Medical and sanitary report on the native army of Bombay for the year
Year: 1878
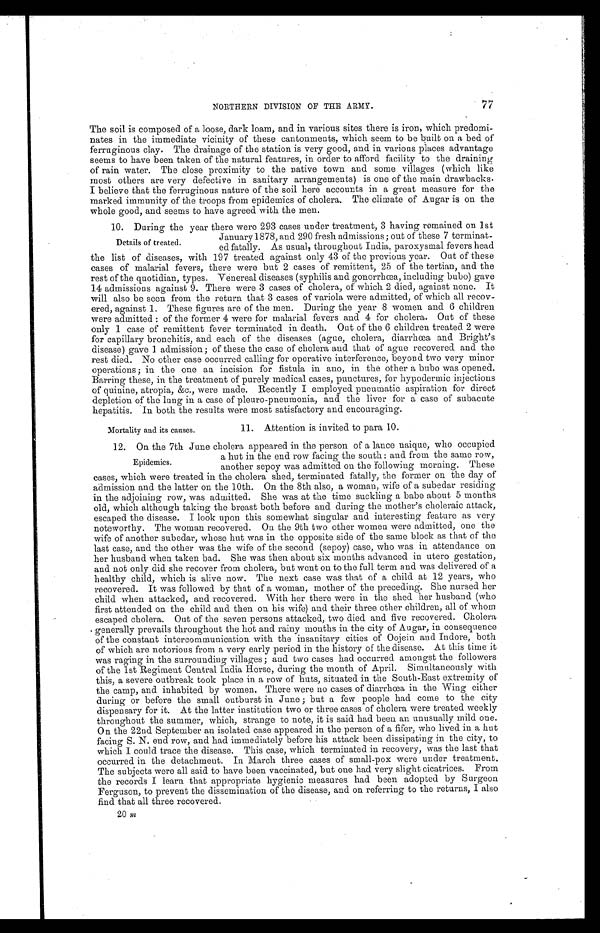
NORTHERN DIVISION OF THE ARMY.
77
The soil is composed of a loose, dark loam, and in various sites there is iron, which predomi
-nates in the immediate vicinity of these cantonments, which seem to be built on a bed of
ferruginous clay. The drainage of the station is very good, and in various places advantage
seems to have been taken of the natural features, in order to afford facility to the draining
of rain water. The close proximity to the native town and some villages (which like
most others are very defective in sanitary arrangements) is one of the main drawbacks.
I believe that the ferruginous nature of the soil here accounts in a great measure for the
marked immunity of the troops from epidemics of cholera. The climate of Augar is on the
whole good, and seems to have agreed with the men.
10. During the year there were 293 cases under treatment, 3 having remained on 1st
January 1878, and 290 fresh admissions; out of these 7 terminat-
ed fatally. As usual, throughout India, paroxysmal fevers head
the list of diseases, with 197 treated against only 43 of the previous year. Out of these
cases of malarial fevers, there were but 2 cases of remittent, 25 of the tertian, and the
rest of the quotidian, types. Venereal diseases (syphilis and gonorrhœa, including bubo) gave
14 admissions against 9. There were 3 cases of cholera, of which 2 died, against none. It
will also be seen from the return that 3 cases of variola were admitted, of which all recov
-ered, against 1. These figures are of the men. During the year 8 women and 6 children
were admitted: of the former 4 were for malarial fevers and 4 for cholera. Out of these
only 1 case of remittent fever terminated in death. Out of the 6 children treated 2 were
for capillary bronchitis, and each of the diseases (ague, cholera, diarrhœa and Bright's
disease) gave 1 admission; of these the case of cholera and that of ague recovered and the
rest died. No other case occurred calling for operative interference, beyond two very minor
operations; in the one an incision for fistula in ano, in the other a bubo was opened.
Barring these, in the treatment of purely medical cases, punctures, for hypodermic injections
of quinine, atropia, &c., were made. Recently I employed pneumatic aspiration for direct
depletion of the lung in a case of pleuro-pneumonia, and the liver for a case of subacute
hepatitis. In both the results were most satisfactory and encouraging.
Details of treated.
Mortality and its causes.
11. Attention is invited to para 10.
12. On the 7th June cholera appeared in the person of a lance naique, who occupied
a hut in the end row facing the south: and from the same row,
another sepoy was admitted on the following morning. These
cases, which were treated in the cholera shed, terminated fatally, the former on the day of
admission and the latter on the 10th. On the 8th also, a woman, wife of a subedar residing
in the adjoining row, was admitted. She was at the time suckling a babe about 5 months
old, which although taking the breast both before and during the mother's choleraic attack,
escaped the disease. I look upon this somewhat singular and interesting feature as very
noteworthy. The woman recovered. On the 9th two other women were admitted, one the
wife of another subedar, whose hut. was in the opposite side of the same block as that of the
last case, and the other was the wife of the second (sepoy) case, who was in attendance on
her husband when taken bad. She was then about six months advanced in utero gestation,
and not only did she recover from cholera, but went on to the full term and was delivered of a
healthy child, which is alive now. The next case was that of a child at 12 years, who
recovered. It was followed by that of a woman, mother of the preceding. She nursed her
child when attacked, and recovered. With her there were in the shed her husband (who
first attended on the child and then on his wife) and their three other children, all of whom
escaped cholera. Out of the seven persons attacked, two died and five recovered. Cholera
generally prevails throughout the hot and rainy months in the city of Augar, in consequence
of the constant intercommunication with the insanitary cities of Oojein and Indore, both
of which are notorious from a very early period in the history of the disease. At this time it
was raging in the surrounding villages; and two cases had occurred amongst the followers
of the 1st Regiment Central India Horse, during the month of April. Simultaneously with
this, a severe outbreak took place in a row of huts, situated in the South-East extremity of
the camp, and inhabited by women. There were no cases of diarrhœa in the Wing either
during or before the small outburst in June; but a few people had come to the city
dispensary for it. At the latter institution two or three cases of cholera were treated weekly
throughout the summer, which, strange to note, it is said had been an unusually mild one.
On the 22nd September an isolated case appeared in the person of a fifer, who lived in a hut
facing S. N. end row, and had immediately before his attack been dissipating in the city, to
which I could trace the disease. This case, which terminated in recovery, was the last that
occurred in the detachment. In March three cases of small-pox were under treatment.
The subjects were all said to have been vaccinated, but one had very slight cicatrices. From
the records I learn that appropriate hygienic measures had been adopted by Surgeon
Ferguson, to prevent the dissemination of the disease, and on referring to the returns, I also
find that all three recovered.
20 m
Epidemics.